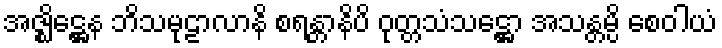
အဇ္ဈိဋ္ဌေန ဘိသမုဠာလာနိ စရန္တာနိပိ ဝုတ္တသံသဋ္ဌော အသန္တမ္ပိ စေဝါယံ